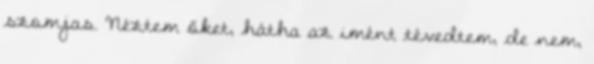
szomjas. Néztem őket, hátha az imént tévedtem, de nem,